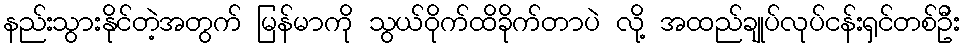
နည်းသွားနိုင်တဲ့အတွက် မြန်မာကို သွယ်ဝိုက်ထိခိုက်တာပဲ လို့ အထည်ချုပ်လုပ်ငန်းရှင်တစ်ဦး